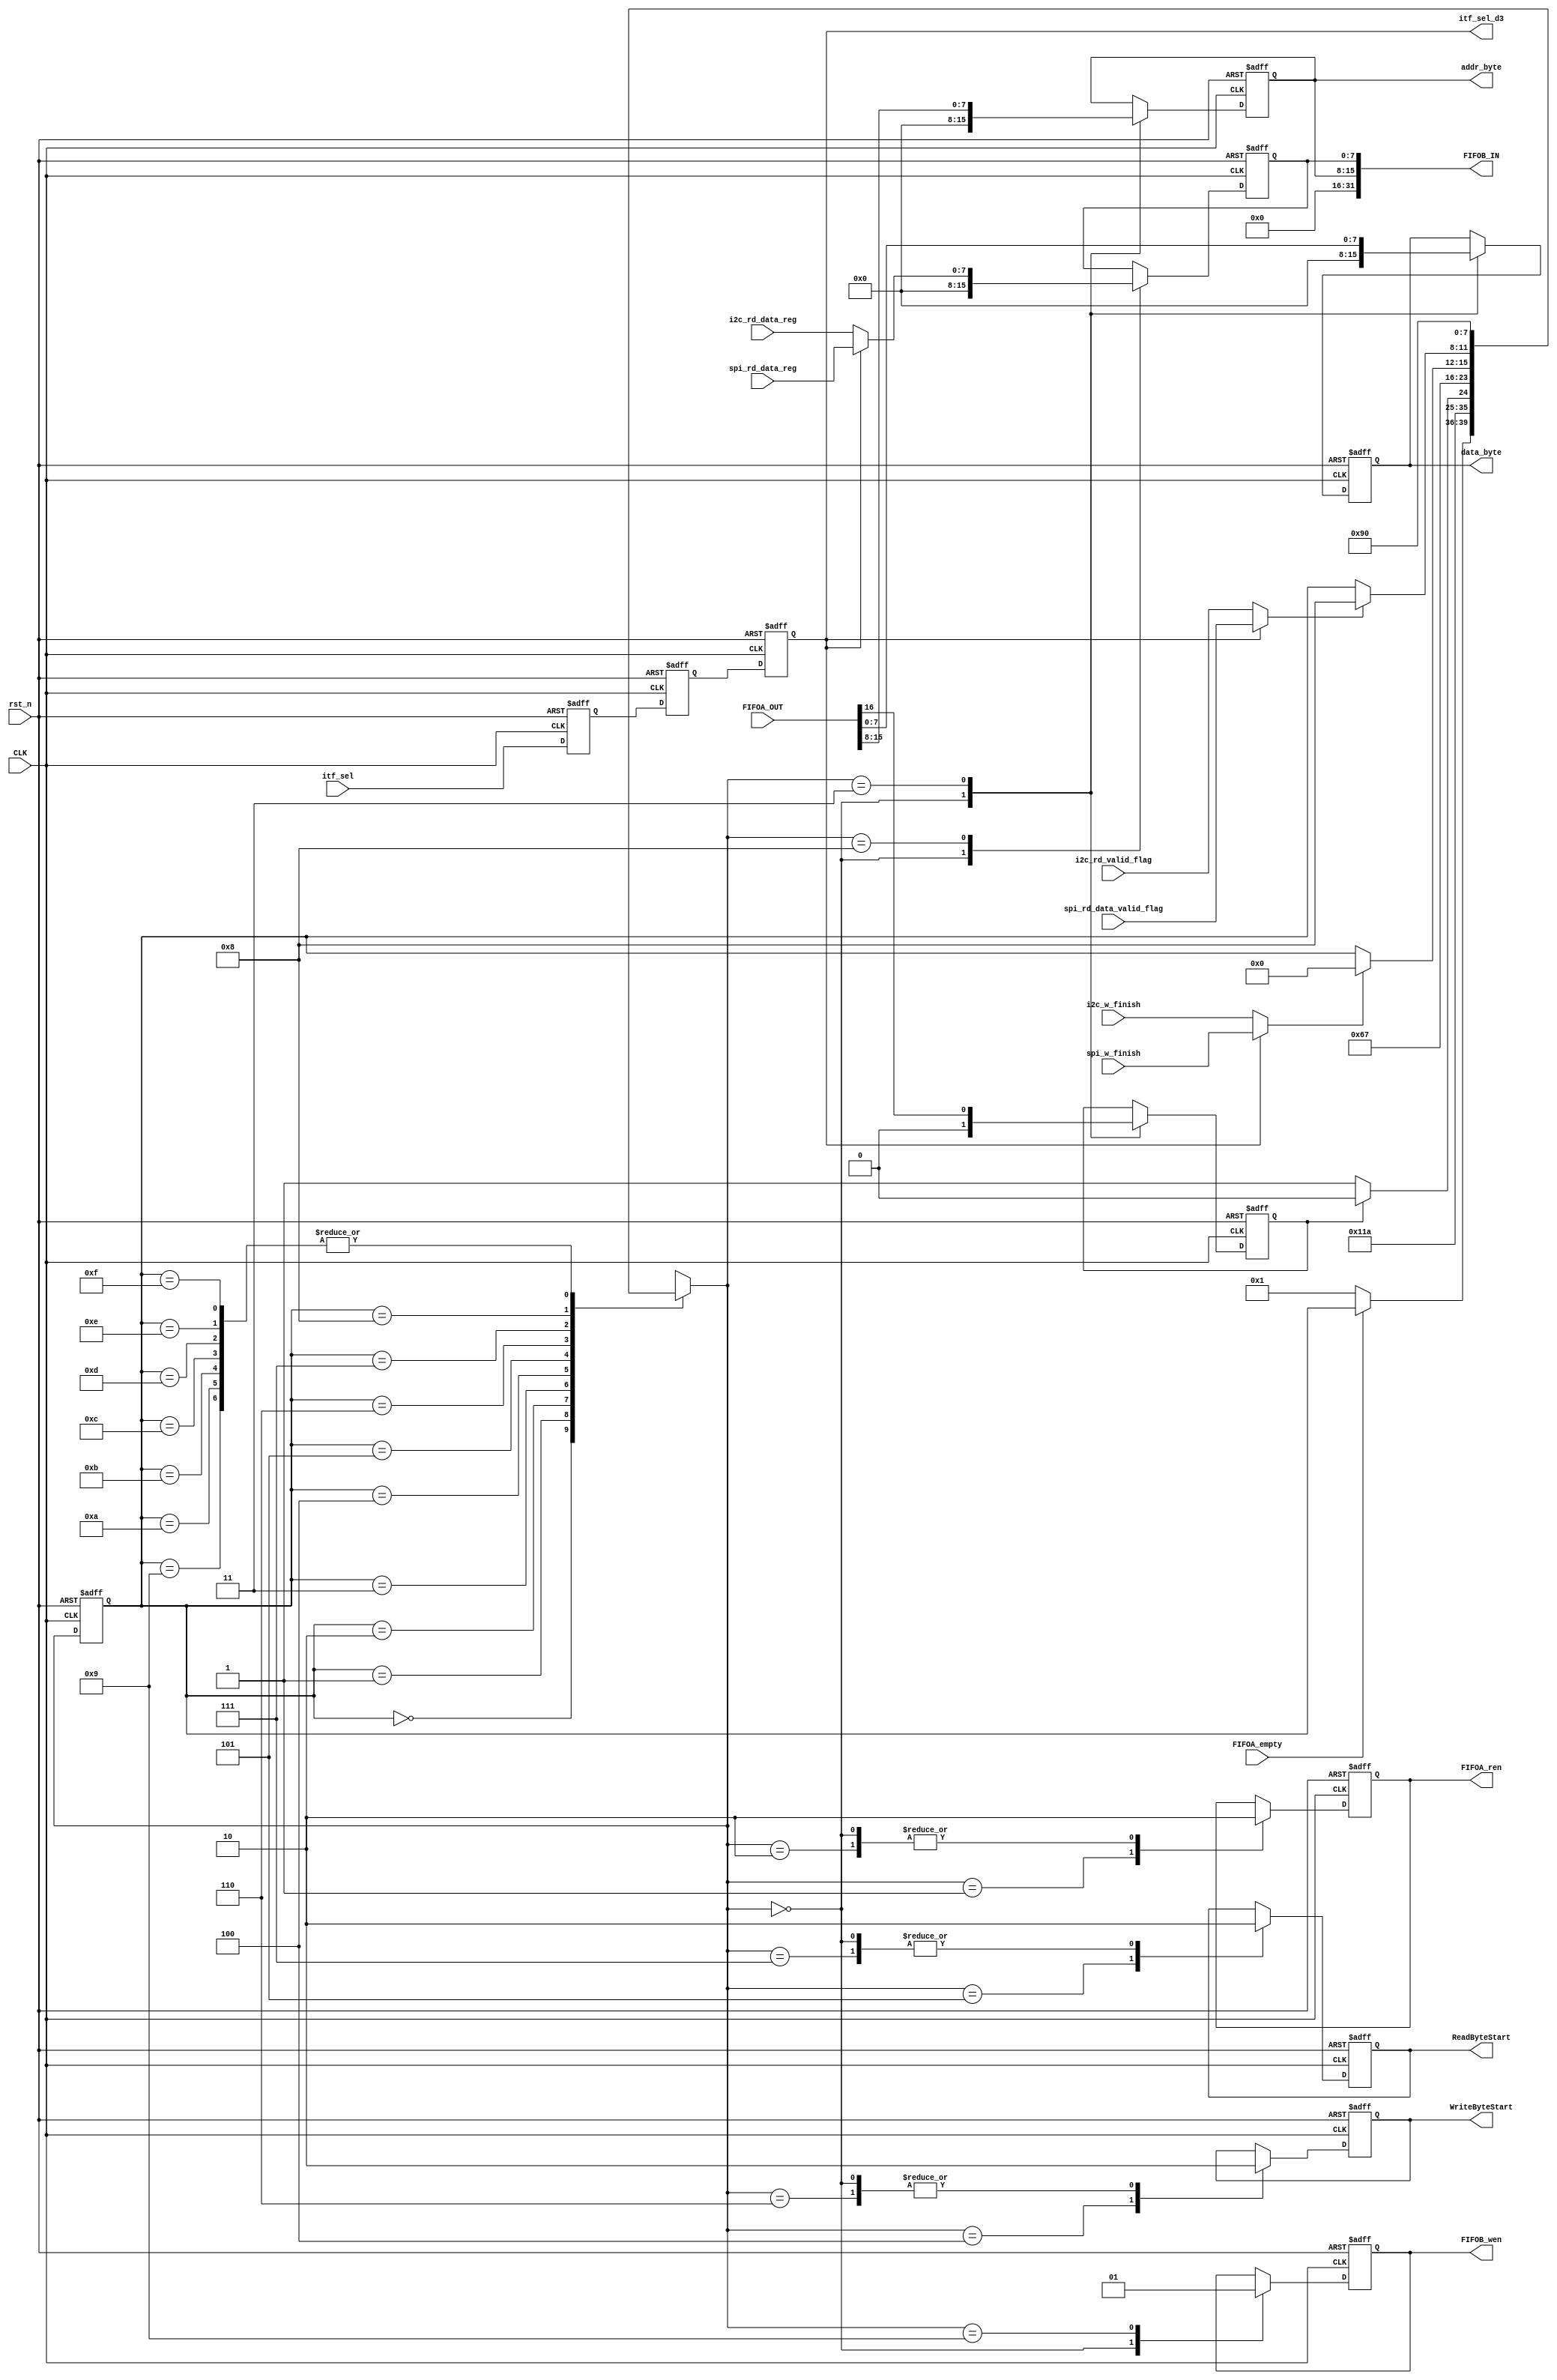
// =============================================================================
// Affiliation: Hong Kong University of Science and Technonlogy
// =============================================================================
module fpga_tx_control (
    // Interface with FIFO
    input  wire                     CLK     ,        // process clock
    input  wire                     rst_n   ,        // reset of process clcok
    input  wire [31:0]              FIFOA_OUT,       // FIFO out
    output reg                      FIFOA_ren,       // Read enable
    input  wire                     FIFOA_empty,     // FIFO empty
    output wire [31:0]              FIFOB_IN,        // data write into fifo
    output reg                      FIFOB_wen,       // FIFO B Write enable
    // Interface with WireIn
    input  wire                     itf_sel,         // Selection of itf 
    // Interface with ---- fpga_i2c_master_tx.v ----
    input wire                      i2c_w_finish,    
    input wire [7:0]                i2c_rd_data_reg, 
    input wire                      i2c_rd_valid_flag,
    // Interface with ---- fpga_spi_master_tx.v ----
    input wire                      spi_w_finish,     
    input wire [7:0]                spi_rd_data_reg,
    input wire                      spi_rd_data_valid_flag,
    // Control signals to ITF_TX Module: common
    output reg                      itf_sel_d3,
    output reg [7:0]                addr_byte,       // Addr received from FIFO
    output reg [7:0]                data_byte,       // Data received from FIFO
    output reg                      WriteByteStart,
    output reg                      ReadByteStart
);
// =============================================================================
    // Declare inner registers
    reg        WriteorRead;      // 1 means write; 0 means read
    reg [7:0]  DataFromITF;
    // Declare state registers
    reg [3:0]  state_tx;
    reg [3:0]  state_tx_next;   // 4 bit register
    // Declare itf_sel regs
    reg             itf_sel_d1;
    reg             itf_sel_d2;
    
    // Declare signals of itf data tx
    wire            itf_w_finish;
    wire            itf_rdata_valid_flag;
    wire   [7:0]    itf_rdata;
    // I2C rd data
    // signal assignment   
    assign itf_w_finish  = (itf_sel_d3) ? spi_w_finish : i2c_w_finish;
    assign itf_rdata_valid_flag = (itf_sel_d3) ? spi_rd_data_valid_flag : i2c_rd_valid_flag;
    assign itf_rdata = (itf_sel_d3) ? spi_rd_data_reg : i2c_rd_data_reg ;

    assign FIFOB_IN = {16'd0, addr_byte, DataFromITF}; // Put addr on it for checking
// =============================================================================
////// ----------- Main code --------- ////////
localparam  STATE_IDLE            = 4'd0,   // Idle state
            STATE_FIFOAEn         = 4'd1,   // Enable FIFO A
            STATE_FIFOAEnOff      = 4'd2,   // Enable signal off
            STATE_ReadFIFOA       = 4'd3,   // Read data from FIFO_A
			STATE_TriggerWrite    = 4'd4,   // Trigger SPI or I2C master to write [7:0]addr with [7:0]data
		   	STATE_TriggerRead     = 4'd5,   // Trigger SPI or I2C master to read [7:0]data from [7:0]addr
            STATE_ITF_Write       = 4'd6,   // Wait for ITF to communicate
            STATE_ITF_Read        = 4'd7,   // Wait for ITF to read data back
            STATE_ReadITFOut      = 4'd8,   // Read data transmitted back from ITF
            STATE_WriteFIFOB      = 4'd9,   // Write ITF data into FIFOB 
            STATE_Occupy10        = 4'd10,
            STATE_Occupy11        = 4'd11,
            STATE_Occupy12        = 4'd12,
            STATE_Occupy13        = 4'd13,
            STATE_Occupy14        = 4'd14,
            STATE_Occupy15        = 4'd15;
            
// =============================================================================
// Reset and sequential logic
// =============================================================================
always @(posedge CLK or negedge rst_n) begin
 if (~rst_n) begin
    state_tx      <= STATE_IDLE;
    end 
else begin
    state_tx      <= state_tx_next;
    end
end
// ============================================================================= 
// Next state logic combinational            
// =============================================================================
always @(*)begin
    state_tx_next   = state_tx; //  Store the state by default
    case (state_tx)
        STATE_IDLE:begin
            if (~FIFOA_empty) begin
                state_tx_next   = STATE_FIFOAEn;
            end
        end

        STATE_FIFOAEn:begin
            state_tx_next   = STATE_FIFOAEnOff;
        end

        STATE_FIFOAEnOff: begin
            state_tx_next   = STATE_ReadFIFOA;
        end

        STATE_ReadFIFOA:begin
            if (WriteorRead) begin
                state_tx_next   = STATE_TriggerWrite;  // Goes to Write Operation
            end 
            else if (~WriteorRead)
            begin
                state_tx_next   = STATE_TriggerRead;  // Goes to Read Operation
            end
        end

        STATE_TriggerWrite:begin           
            state_tx_next   = STATE_ITF_Write;   

        end

        STATE_TriggerRead:begin
            state_tx_next   = STATE_ITF_Read;
        end

        STATE_ITF_Write:begin                           
           if (itf_w_finish) begin
               state_tx_next   = STATE_IDLE; 
            end     
        end

        STATE_ITF_Read:begin
            if (itf_rdata_valid_flag) begin
                state_tx_next   = STATE_ReadITFOut;   // ITF finish 1 byte data reading
            end
        end

        STATE_ReadITFOut:begin
            state_tx_next   = STATE_WriteFIFOB;     
        end

        STATE_WriteFIFOB:begin
            state_tx_next   = STATE_IDLE;
        end
        
        STATE_Occupy10: state_tx_next   = STATE_IDLE;
        STATE_Occupy11: state_tx_next   = STATE_IDLE;
        STATE_Occupy12: state_tx_next   = STATE_IDLE;
        STATE_Occupy13: state_tx_next   = STATE_IDLE;
        STATE_Occupy14: state_tx_next   = STATE_IDLE;
        STATE_Occupy15: state_tx_next   = STATE_IDLE;

    endcase
end

// ============================================================================= 
// Output logic             
// =============================================================================
always @(posedge CLK or negedge rst_n) begin
  if (~rst_n) begin
    FIFOA_ren        <= 1'b0;
    WriteorRead      <= 1'b0;
    addr_byte        <= 8'd0;
    data_byte        <= 8'd0;
    WriteByteStart   <= 1'b0;
    ReadByteStart    <= 1'b0;
    DataFromITF      <= 8'd0;
    FIFOB_wen        <= 1'b0;
    end
    else begin
        case (state_tx_next)
            STATE_IDLE: begin
                FIFOA_ren        <= 1'b0;
                WriteorRead      <= 1'b0;
                addr_byte        <= 8'd0;
                data_byte        <= 8'd0; 
                WriteByteStart   <= 1'b0;
                ReadByteStart    <= 1'b0;  
                DataFromITF      <= 8'd0;
                FIFOB_wen        <= 1'b0;
            end

            STATE_FIFOAEn:begin
                FIFOA_ren       <= 1'b1;
            end

            STATE_FIFOAEnOff: begin
                FIFOA_ren       <= 1'b0;
            end

            STATE_ReadFIFOA:begin
                addr_byte       <= FIFOA_OUT[15:8];
                data_byte       <= FIFOA_OUT[7:0];
                WriteorRead     <= FIFOA_OUT[16];
            end

            STATE_TriggerWrite:begin
                WriteByteStart  <= 1'b1;
            end

            STATE_TriggerRead:begin
                ReadByteStart   <= 1'b1;
            end

            STATE_ITF_Write:begin
                WriteByteStart  <= 1'b0;
            end

            STATE_ITF_Read:begin
                ReadByteStart   <= 1'b0;
            end

            STATE_ReadITFOut:begin
                DataFromITF     <= itf_rdata;
            end

            STATE_WriteFIFOB:begin
                FIFOB_wen       <= 1'b1;
            end

        endcase
    end   
end

// -------- itf_sel signal -------- //
always @ (posedge CLK or negedge rst_n) begin
    if (~rst_n) begin
        itf_sel_d1 <= 1'b0;
        itf_sel_d2 <= 1'b0;
        itf_sel_d3 <= 1'b0;
    end else begin
        itf_sel_d1 <= itf_sel;
        itf_sel_d2 <= itf_sel_d1;
        itf_sel_d3 <= itf_sel_d2;
    end
end
// -------------------------------- //

endmodule